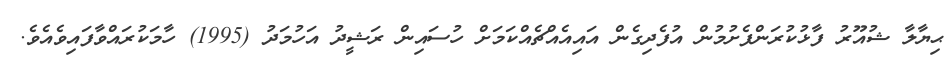
ޙިޔާލާ ޝުއޫރު ފާޅުކުރަންފެށުމުން އުފެދިގެން އައިއެއްޗެއްކަމަށް ހުސައިން ރަޝީދު އަހުމަދު (1995) ހާމަކުރައްވާފައިވެއެވެ.